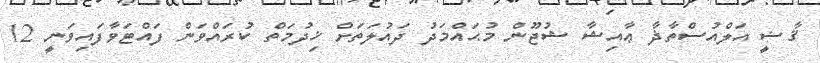
ޤާޟީ އަލްއުސްތާޛާ ޢާއިޝާ ޝުޖޫން މުޙައްމަދު ދައުލަތަށް ޚިދުމަތް ކުރައްވަން ފައްޓަވާފައިވަނީ 12